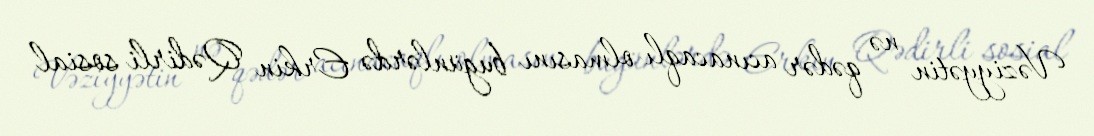
Vəziyyətin nə qədər acınacaqlı olmasını bugünlərdə Erkin Qədirli sosial